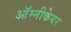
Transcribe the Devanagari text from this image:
ऑम्नीकेयर